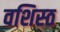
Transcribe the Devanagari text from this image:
वशिस्ठ